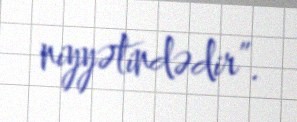
niyyətindədir”.